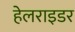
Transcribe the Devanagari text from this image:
हेलराइडर